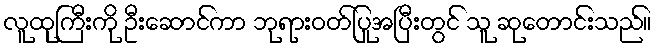
လူထုကြီးကို ဦးဆောင်ကာ ဘုရားဝတ်ပြုအပြီးတွင် သူ ဆုတောင်းသည်။